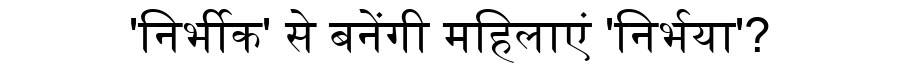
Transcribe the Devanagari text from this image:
'निर्भीक' से बनेंगी महिलाएं 'निर्भया'?